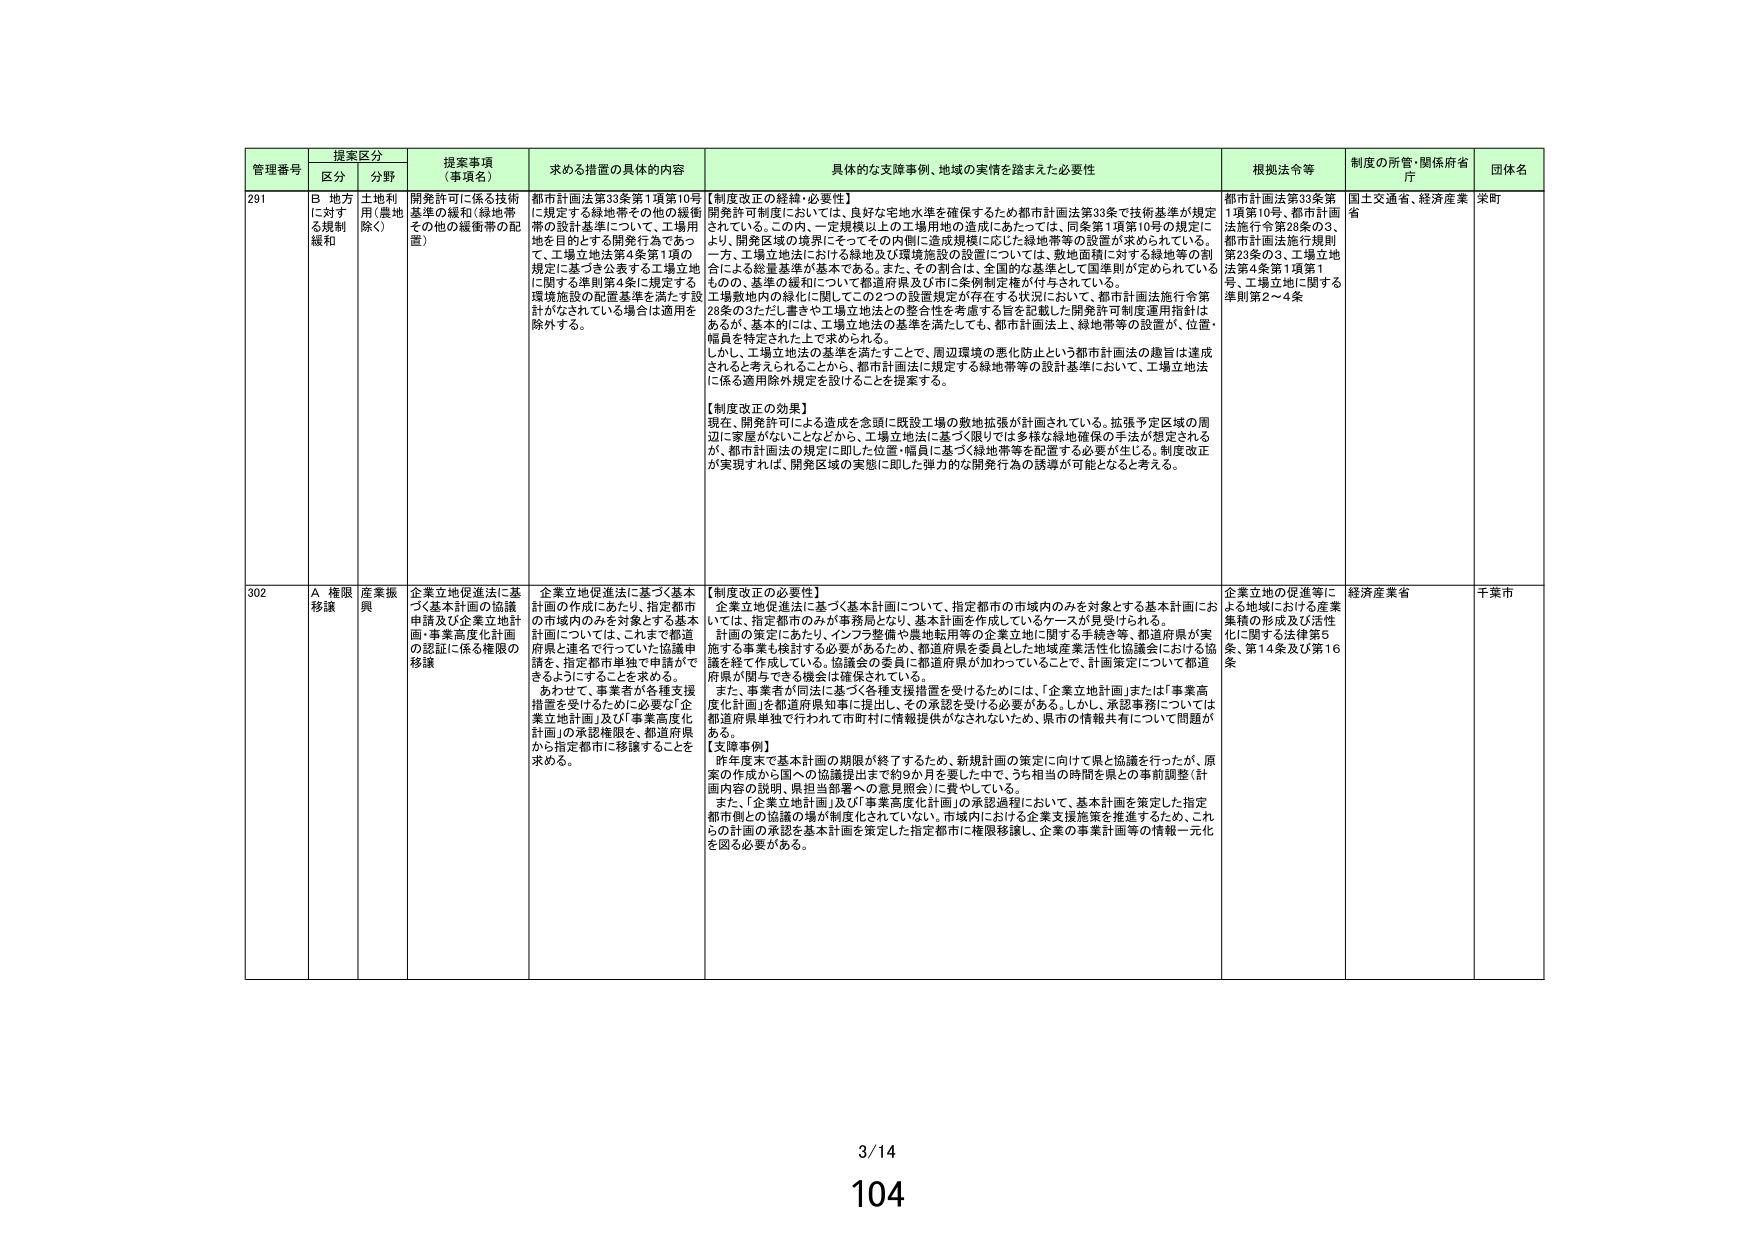
管理番号 提案区分 提案事項（事項名） 求める措置の具体的内容 具体的な支障事例、地域の実情を踏まえた必要性 根拠法令等 制度の所管・関係府省庁 団体名
区分 分野
291 B 地方に対する規制緩和 土地利用（農地除く） 開発許可に係る技術基準の緩和（緑地帯その他の緩衝帯の配置） 都市計画法第33条第1項第10号に規定する緑地帯その他の緩衝帯の設計基準について、工場用地上の開発行為であって、工場立地法第4条第1項の規定に基づき設置する工場立地に関する準則第4条に規定する環境施設の配置基準を満たす設計がなされている場合は適用を除外する。 【制度改正の経緯・必要性】 開発許可制度においては、良好な宅地水準を確保するため都市計画法第33条で技術基準が規定されている。この内、一定規模以上の工場用地の造成にあたっては、同条第1項第10号の規定により、開発区域の境界にそってその内側に造成規模に応じた緑地帯等の設置が求められている。一方、工場立地法における緑地及び環境施設の設置については、敷地面積に対する緑地等の割合による総量基準が基本である。また、その割合は、全国的な基準として国準則が定められているものの、基準の緩和について都道府県及び市に条例制定権が付与されている。 工場敷地内の緑化に関してこの2つの設置規定が存在する状況において、都市計画法施行令第28条の3ただし書きや工場立地法の整合性を考慮する旨を記載した開発許可制度運用指針はあるが、基本的には、工場立地法の基準を満たしても、都市計画法上、緑地帯等の設置が、位置・幅員を特定された上で求められる。 しかし、工場立地法の基準を満たすことで、周辺環境の悪化防止という都市計画法の趣旨は達成されると考えられることから、都市計画法に規定する緑地帯等の設計基準において、工場立地法に係る適用除外規定を設けることを提案する。 【制度改正の効果】 現在、開発許可による造成を念頭に既設工場の敷地拡張が計画されている。拡張予定区域の周辺に家屋がないことなどから、工場立地法に基づく限りでは多様な緑地確保の手法が想定されるが、都市計画法の規定に即した位置・幅員に基づく緑地帯等を配置する必要が生じる。制度改正が実現すれば、開発区域の実態に即した弾力的な開発行為の誘導が可能となると考える。 都市計画法第33条第1項第10号、都市計画法施行令第28条の3、都市計画法施行規則第23条の3、工場立地法第4条第1項第1号、工場立地に関する準則第2～4条 国土交通省、経済産業省 采町
302 A 権限移譲 産業振興 企業立地促進法に基づく基本計画の協議申請及び企業立地計画・事業高度化計画の認証に係る権限の移譲 企業立地促進法に基づく基本計画の作成にあたり、指定都市の市域内のみを対象とする基本計画については、これまで都道府県と連名で行っていた協議申請を、指定都市単独で申請ができるようにすることを求める。 あわせて、事業者が各種支援措置を受けるために必要な「企業立地計画」及び「事業高度化計画」の承認権限を、都道府県から指定都市に移譲することを求める。 【制度改正の必要性】 企業立地促進法に基づく基本計画について、指定都市の市域内のみを対象とする基本計画においては、指定都市のみが事務局となり、基本計画を作成しているケースが見受けられる。 計画の策定にあたり、インフラ整備や農地転用等の企業立地に関する手続き等、都道府県が実施する事業も検討する必要があるため、都道府県を委員とした地域産業活性化協議会における協議を経て作成している。協議会の委員に都道府県が加わっていることで、計画策定について都道府県が関与できる機会は確保されている。 また、事業者が同法に基づく各種支援措置を受けるためには、「企業立地計画」または「事業高度化計画」を都道府県知事に提出し、その承認を受ける必要がある。しかし、承認事務については都道府県単独で行われて市町村に情報提供がなされないため、県市の情報共有について問題がある。 【実務事例】 昨年度末で基本計画の期限が終了するため、新規計画の策定に向けて県と協議を行ったが、原案の作成から県への協議提出まで約9か月を要した中で、うち相当の時間を県との事前調整（計画内容の説明、県担当部署への意見照会）に費やしている。 また、「企業立地計画」及び「事業高度化計画」の承認過程において、基本計画を策定した指定都市側との協議の場が制度化されていない。市域内における企業支援施策を推進するため、これらの計画の承認を基本計画を策定した指定都市に権限移譲し、企業の事業計画等の情報一元化を図る必要がある。 企業立地の促進等による地域における産業集積の形成及び活性化に関する法律第5条、第14条及び第16条 経済産業省 千葉市
3/14
104